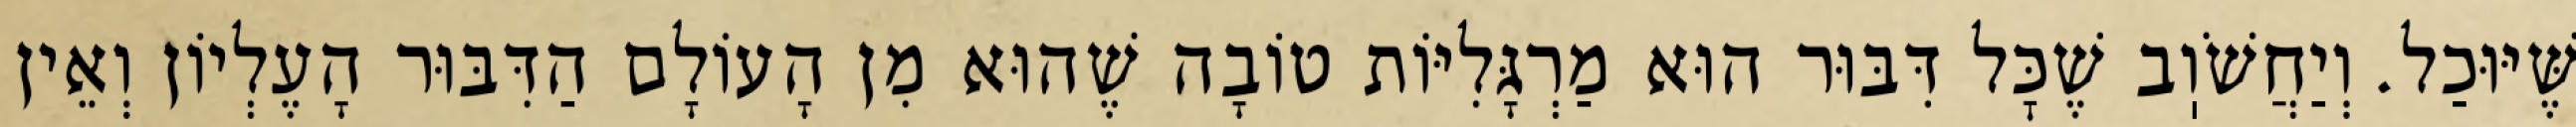
שֶּׁיּוּכַל. וְיַחֲשֹׁוֽב שֶׁכׇּל דִּבּוּר הוּא מַרְגָּלִיּוֹת טוֹבָה שֶׁהוּא מִן הָעוֹלָם הַדִּבּוּר הָעֶלְיוֹן וְאֵין